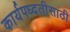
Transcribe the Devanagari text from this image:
कार्यपध्दतीसाठी